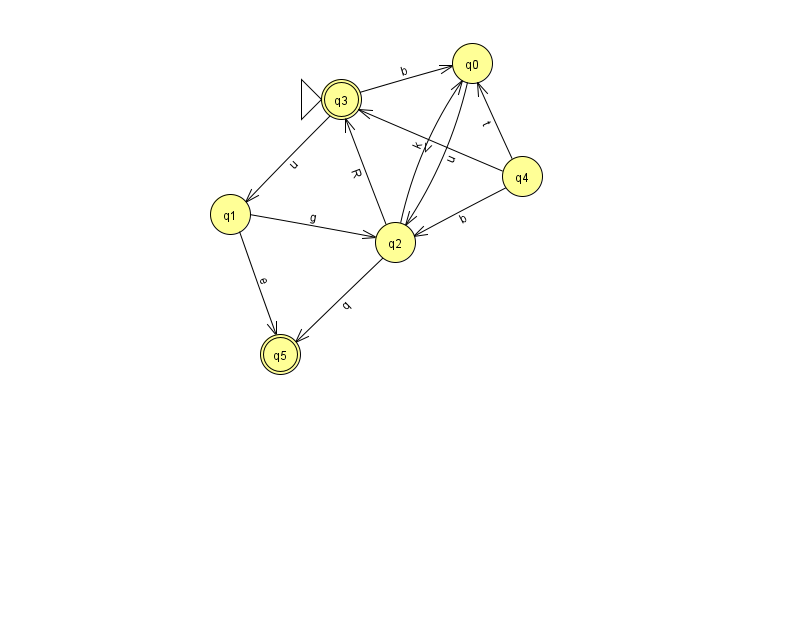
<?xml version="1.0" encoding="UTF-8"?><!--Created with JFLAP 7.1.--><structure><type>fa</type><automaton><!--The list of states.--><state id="0" name="q0"><x>472.0</x><y>50.0</y></state><state id="1" name="q1"><x>230.0</x><y>201.0</y></state><state id="2" name="q2"><x>395.0</x><y>229.0</y></state><state id="3" name="q3"><x>341.0</x><y>86.0</y><initial/><final/></state><state id="4" name="q4"><x>522.0</x><y>163.0</y></state><state id="5" name="q5"><x>280.0</x><y>341.0</y><final/></state><!--The list of transitions.--><transition><from>4</from><to>3</to><read>V</read></transition><transition><from>3</from><to>1</to><read>u</read></transition><transition><from>4</from><to>0</to><read>t</read></transition><transition><from>2</from><to>0</to><read>k</read></transition><transition><from>2</from><to>5</to><read>q</read></transition><transition><from>3</from><to>0</to><read>b</read></transition><transition><from>1</from><to>2</to><read>g</read></transition><transition><from>0</from><to>2</to><read>u</read></transition><transition><from>2</from><to>3</to><read>R</read></transition><transition><from>1</from><to>5</to><read>e</read></transition><transition><from>4</from><to>2</to><read>b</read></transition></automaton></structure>